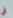
في